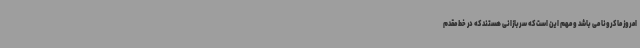
امروز ما کرونا می باشد و مهم این است که سربازانی هستند که در خط مقدم